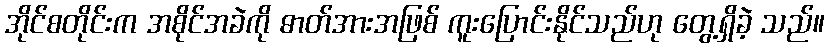
အိုင်စတိုင်းက အစိုင်အခဲကို ဓာတ်အားအဖြစ် ကူးပြောင်းနိုင်သည်ဟု တွေ့ရှိခဲ့ သည်။